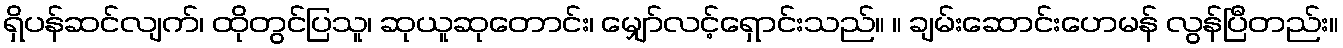
ရှိပန်ဆင်လျက်၊ ထိုတွင်ပြသူ၊ ဆုယူဆုတောင်း၊ မျှော်လင့်ရှောင်းသည်။ ။ ချမ်းဆောင်းဟေမန် လွန်ပြီတည်း။